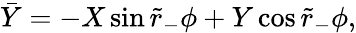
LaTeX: \bar{Y}=-X\sin\tilde{r}_{-}\phi+Y\cos\tilde{r}_{-}\phi,